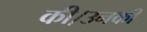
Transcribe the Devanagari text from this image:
की।उनकी